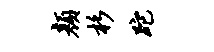
颜杉跎